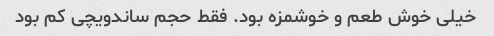
خیلی خوش طعم و خوشمزه بود. فقط حجم ساندویچی کم بود